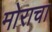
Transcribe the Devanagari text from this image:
मोराचा